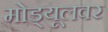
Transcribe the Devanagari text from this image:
मोड्यूलवर